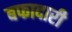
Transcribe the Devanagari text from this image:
बफादारी